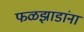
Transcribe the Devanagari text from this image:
फळझाडांना